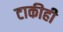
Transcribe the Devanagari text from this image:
टाकीही